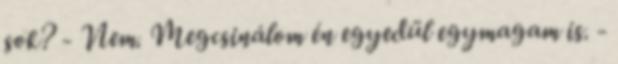
sok? - Nem. Megcsinálom én egyedül egymagam is. -